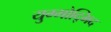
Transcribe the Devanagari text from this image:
युग्मोद्भिद